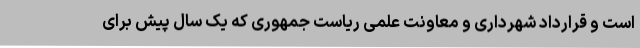
است و قرارداد شهرداری و معاونت علمی ریاست جمهوری که یک سال پیش برای